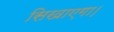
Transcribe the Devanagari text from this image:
सिखाएगा।